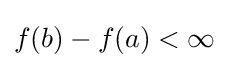
f(b)-f(a)<\infty